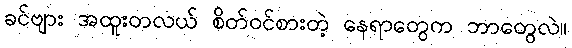
ခင်ဗျား အထူးတလယ် စိတ်ဝင်စားတဲ့ နေရာတွေက ဘာတွေလဲ။